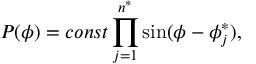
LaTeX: P ( \phi ) = c o n s t \prod _ { j = 1 } ^ { n ^ { \ast } } \sin ( \phi - \phi _ { j } ^ { \ast } ) ,